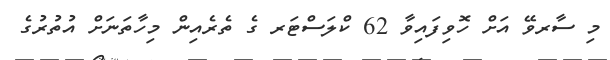
މި ސާރވޭ އަށް ހޮވިފައިވާ 62 ކްލަސްޓަރ ގެ ތެރެއިން މިހާތަނަށް އުތުރުގެ